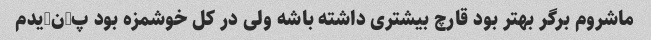
ماشروم برگر بهتر بود قارچ بیشتری داشته باشه ولی در کل خوشمزه بود پ-ن-یدم